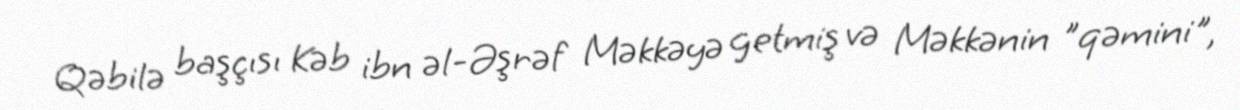
Qəbilə başçısı Kəb ibn əl-Əşrəf Məkkəyə getmiş və Məkkənin "qəmini",